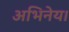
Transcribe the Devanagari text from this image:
अभिनेय।